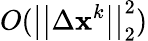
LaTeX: O(\big|\big|\Delta\mathbf{x}^{k}\big|\big|_{2}^{2})